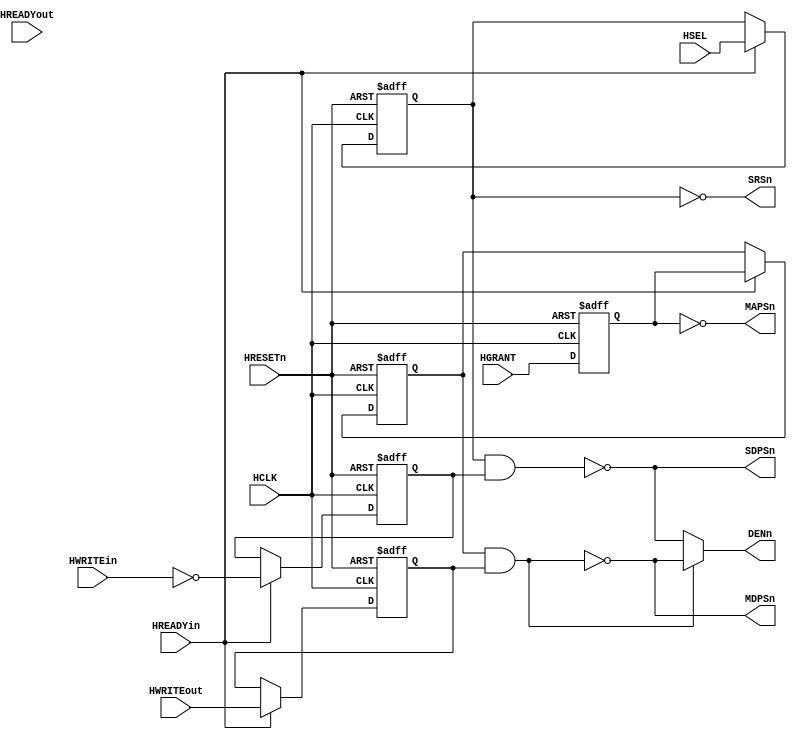
module TBCTRL (
  input HRESETn,
  input HCLK,
// input
  input HREADYin,
  input HREADYout,
  input HWRITEin,
  input HWRITEout,
  input HSEL,
  input HGRANT,

// Output
  output MAPSn,
  output MDPSn,
  output DENn,
  output SDPSn,
  output SRSn
);
// Master
wire  MasterReadData;
wire  SlaveAddrPhaseSel;
wire					MasterAddrPhaseSel;
reg					MasterDataPhaseSel;
reg					MRWSel;
reg    reg_HGRANT;

// Slave
reg SlaveDataPhaseSel;
reg RWSel;
//assign DENn= MDPSn & SDPSn;
assign DENn = (MDPSn)?SDPSn:MDPSn;


always @(posedge HCLK or negedge HRESETn)
begin
  if (!HRESETn)
    reg_HGRANT  <= 1'b0;
  else
    reg_HGRANT <= HGRANT;
     
end 

// ----------------------------------------------------------
// ------ Master Control ------------------------------------
// ----------------------------------------------------------
// Control Logic
assign MAPSn = ~MasterAddrPhaseSel;
assign MDPSn = ~(MasterDataPhaseSel & MRWSel);
// Master Address Phase

assign MasterAddrPhaseSel = reg_HGRANT;


// Master Data Phase
assign MasterReadData  =  MasterDataPhaseSel & (~MRWSel); 


always @(posedge HCLK or negedge HRESETn)
begin
  if (!HRESETn)
    MasterDataPhaseSel  <= 1'b1;
  else
    begin
      if  (HREADYin)
        MasterDataPhaseSel <= MasterAddrPhaseSel ;
    end 
end   

always @(posedge HCLK or negedge HRESETn)
begin
  if (!HRESETn)
    MRWSel <= 1'b0;
  else
  begin
    if (HREADYin)
      MRWSel <= HWRITEout;
  end
end
//---------END MASTER CONTROL -------------------------------

// ----------------------------------------------------------
// ------ Slave  Control ------------------------------------
// ----------------------------------------------------------
// Slave Address Phase
  assign SlaveAddrPhaseSel  = HSEL;  
  assign SDPSn   =   ~(SlaveDataPhaseSel & RWSel);
  assign SRSn   =  ~SlaveDataPhaseSel;

  always @(posedge HCLK or negedge HRESETn)
  begin
    if (!HRESETn)
      SlaveDataPhaseSel <= 1'b1;
    else
    begin
      if (HREADYin)
        SlaveDataPhaseSel <= SlaveAddrPhaseSel ;
      else 
       SlaveDataPhaseSel <= SlaveDataPhaseSel;
    end
  end  
  
 
// Read Write Select
  always @(posedge HCLK or negedge HRESETn)
  begin
    if (!HRESETn)
      RWSel <= 1'b0;
    else
    begin
      if (HREADYin)
        RWSel <= ~HWRITEin ;
      else 
        RWSel <=RWSel;
    end
  end
  
endmodule